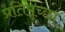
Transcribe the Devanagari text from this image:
प्रतिपृच्छा